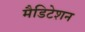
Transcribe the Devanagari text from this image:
मैडिटेशन